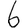
Digit: 6